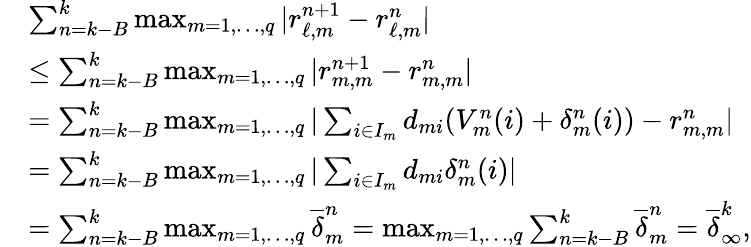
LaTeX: \begin{array}{rl}&{\sum_{n=k-B}^{k}\operatorname*{max}_{m=1,\ldots,q}|r_{\ell,m}^{n+1}-r_{\ell,m}^{n}|}\\ &{\leq\sum_{n=k-B}^{k}\operatorname*{max}_{m=1,\ldots,q}|r_{m,m}^{n+1}-r_{m,m}^{n}|}\\ &{=\sum_{n=k-B}^{k}\operatorname*{max}_{m=1,\ldots,q}|\sum_{i\in I_{m}}d_{mi}(V_{m}^{n}(i)+\delta_{m}^{n}(i))-r_{m,m}^{n}|}\\ &{=\sum_{n=k-B}^{k}\operatorname*{max}_{m=1,\ldots,q}|\sum_{i\in I_{m}}d_{mi}\delta_{m}^{n}(i)|}\\ &{=\sum_{n=k-B}^{k}\operatorname*{max}_{m=1,\ldots,q}\overline{{\delta}}_{m}^{n}=\operatorname*{max}_{m=1,\ldots,q}\sum_{n=k-B}^{k}\overline{{\delta}}_{m}^{n}=\overline{{\delta}}_{\infty}^{k},}\end{array}